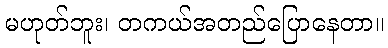
မဟုတ်ဘူး၊ တကယ်အတည်ပြောနေတာ။